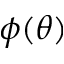
\phi ( \theta )